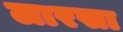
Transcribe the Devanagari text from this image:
लारसा